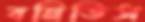
বনিতিস